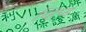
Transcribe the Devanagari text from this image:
व्हिप्ड